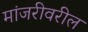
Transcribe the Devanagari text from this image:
मांजरीवरील